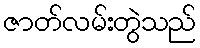
ဇာတ်လမ်းတွဲသည်